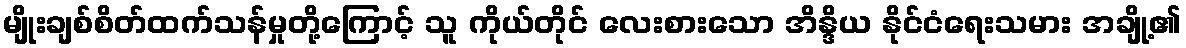
မျိုးချစ်စိတ်ထက်သန်မှုတို့ကြောင့် သူ ကိုယ်တိုင် လေးစားသော အိန္ဒိယ နိုင်ငံရေးသမား အချို့၏